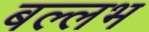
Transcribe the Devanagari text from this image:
बल्‍लभ